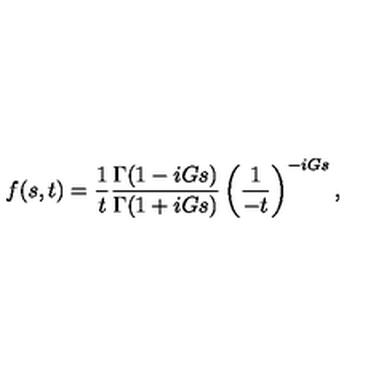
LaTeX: f ( s , t ) = { \frac { 1 } { t } } \frac { \Gamma ( 1 - i G s ) } { \Gamma ( 1 + i G s ) } \left( \frac { 1 } { - t } \right) ^ { - i G s } ,